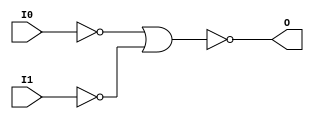
// $Header: /devl/xcs/repo/env/Databases/CAEInterfaces/xec_libs/data/unisims/NOR2B2.v,v 1.1 2005/05/10 01:20:06 wloo Exp $

/*

FUNCTION	: 2-INPUT NOR GATE

*/

`celldefine
`timescale  100 ps / 10 ps

module NOR2B2 (O, I0, I1);

    output O;

    input  I0, I1;

    not N1 (i1_inv, I1);
    not N0 (i0_inv, I0);
    nor O1 (O, i0_inv, i1_inv);

endmodule